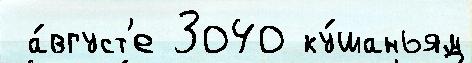
 а́вгуст'е 3040 ку́шаньям